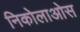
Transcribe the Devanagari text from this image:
निकोलाओस